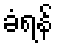
ခံရန်